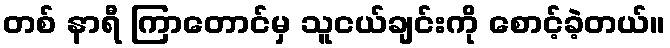
တစ် နာရီ ကြာတောင်မှ သူငယ်ချင်းကို စောင့်ခဲ့တယ်။